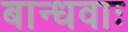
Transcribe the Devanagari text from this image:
बान्धवाः